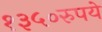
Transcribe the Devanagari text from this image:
१३५०रुपये